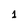
Character: 1